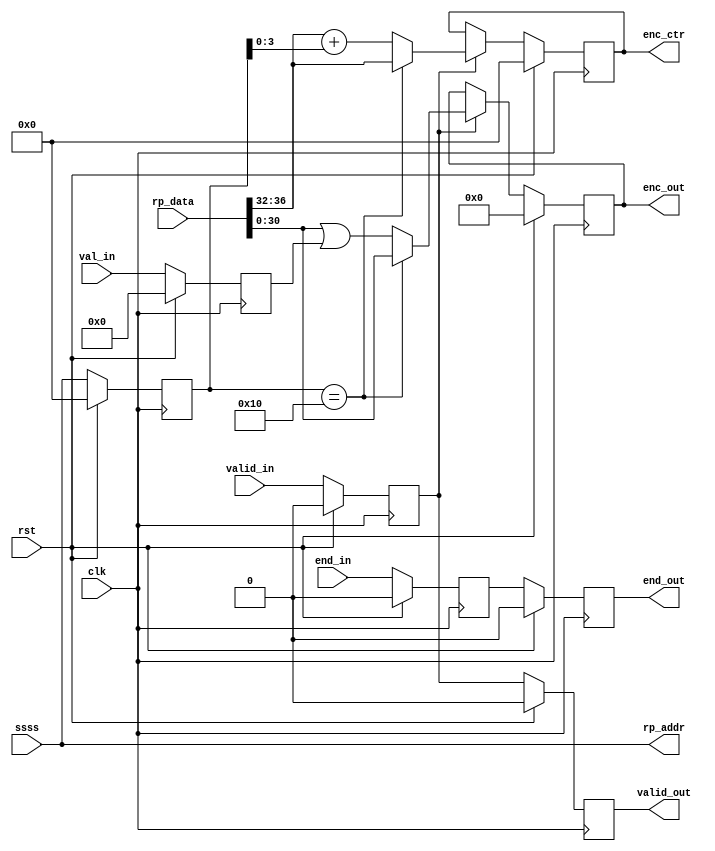
/* Generated by Yosys 0.8+     369 (git sha1 ea0e0722, clang 10.0.1 -fPIC -Os) */

(* \nmigen.hierarchy  = "top.anonymous" *)
(* generator = "nMigen" *)
module anonymous(end_in, ssss, val_in, rp_data, rst, clk, valid_out, end_out, rp_addr, enc_out, enc_ctr, valid_in);
  wire \$1 ;
  wire [36:0] \$3 ;
  wire [36:0] \$4 ;
  wire \$6 ;
  wire [5:0] \$8 ;
  wire [5:0] \$9 ;
  (* src = "encode.py:99" *)
  reg [4:0] \$next\enc_ctr ;
  (* src = "encode.py:97" *)
  reg [30:0] \$next\enc_out ;
  (* src = "encode.py:123" *)
  reg \$next\end_late ;
  (* src = "encode.py:107" *)
  reg \$next\end_out ;
  (* src = "encode.py:88" *)
  reg [4:0] \$next\rp_addr ;
  (* src = "encode.py:128" *)
  reg [4:0] \$next\ssss_late ;
  (* src = "encode.py:130" *)
  reg [15:0] \$next\val_in_late ;
  (* src = "encode.py:118" *)
  reg \$next\valid_late ;
  (* src = "encode.py:103" *)
  reg \$next\valid_out ;
  (* src = "nmigen/hdl/mem.py:124" *)
  input clk;
  (* init = 5'h00 *)
  (* src = "encode.py:99" *)
  output [4:0] enc_ctr;
  reg [4:0] enc_ctr = 5'h00;
  (* init = 31'h00000000 *)
  (* src = "encode.py:97" *)
  output [30:0] enc_out;
  reg [30:0] enc_out = 31'h00000000;
  (* src = "encode.py:106" *)
  input end_in;
  (* init = 1'h0 *)
  (* src = "encode.py:123" *)
  reg end_late = 1'h0;
  (* init = 1'h0 *)
  (* src = "encode.py:107" *)
  output end_out;
  reg end_out = 1'h0;
  (* src = "encode.py:88" *)
  output [4:0] rp_addr;
  (* src = "encode.py:89" *)
  input [36:0] rp_data;
  (* src = "nmigen/hdl/ir.py:329" *)
  input rst;
  (* src = "encode.py:94" *)
  input [4:0] ssss;
  (* init = 5'h00 *)
  (* src = "encode.py:128" *)
  reg [4:0] ssss_late = 5'h00;
  (* src = "encode.py:92" *)
  input [15:0] val_in;
  (* init = 16'h0000 *)
  (* src = "encode.py:130" *)
  reg [15:0] val_in_late = 16'h0000;
  (* src = "encode.py:102" *)
  input valid_in;
  (* init = 1'h0 *)
  (* src = "encode.py:118" *)
  reg valid_late = 1'h0;
  (* init = 1'h0 *)
  (* src = "encode.py:103" *)
  output valid_out;
  reg valid_out = 1'h0;
  assign \$9  = rp_data[36:32] + (* src = "encode.py:152" *) ssss_late[3:0];
  assign \$1  = ssss_late == (* src = "encode.py:144" *) 5'h10;
  assign \$4  = rp_data | (* src = "encode.py:151" *) val_in_late;
  assign \$6  = ssss_late == (* src = "encode.py:144" *) 5'h10;
  always @(posedge clk)
      enc_ctr <= \$next\enc_ctr ;
  always @(posedge clk)
      enc_out <= \$next\enc_out ;
  always @(posedge clk)
      val_in_late <= \$next\val_in_late ;
  always @(posedge clk)
      ssss_late <= \$next\ssss_late ;
  always @(posedge clk)
      end_out <= \$next\end_out ;
  always @(posedge clk)
      end_late <= \$next\end_late ;
  always @(posedge clk)
      valid_out <= \$next\valid_out ;
  always @(posedge clk)
      valid_late <= \$next\valid_late ;
  always @* begin
    \$next\valid_late  = valid_late;
    \$next\valid_late  = valid_in;
    casez (rst)
      1'h1:
          \$next\valid_late  = 1'h0;
    endcase
  end
  always @* begin
    \$next\valid_out  = valid_out;
    \$next\valid_out  = valid_late;
    casez (rst)
      1'h1:
          \$next\valid_out  = 1'h0;
    endcase
  end
  always @* begin
    \$next\end_late  = end_late;
    \$next\end_late  = end_in;
    casez (rst)
      1'h1:
          \$next\end_late  = 1'h0;
    endcase
  end
  always @* begin
    \$next\end_out  = end_out;
    \$next\end_out  = end_late;
    casez (rst)
      1'h1:
          \$next\end_out  = 1'h0;
    endcase
  end
  always @* begin
    \$next\ssss_late  = ssss_late;
    \$next\ssss_late  = ssss;
    casez (rst)
      1'h1:
          \$next\ssss_late  = 5'h00;
    endcase
  end
  always @* begin
    \$next\val_in_late  = val_in_late;
    \$next\val_in_late  = val_in;
    casez (rst)
      1'h1:
          \$next\val_in_late  = 16'h0000;
    endcase
  end
  always @* begin
    \$next\rp_addr  = 5'h00;
    \$next\rp_addr  = ssss;
  end
  always @* begin
    \$next\enc_out  = enc_out;
    casez (valid_late)
      1'h1:
          casez (\$1 )
            1'h1:
                \$next\enc_out  = rp_data[30:0];
            1'hz:
                \$next\enc_out  = \$3 [30:0];
          endcase
    endcase
    casez (rst)
      1'h1:
          \$next\enc_out  = 31'h00000000;
    endcase
  end
  always @* begin
    \$next\enc_ctr  = enc_ctr;
    casez (valid_late)
      1'h1:
          casez (\$6 )
            1'h1:
                \$next\enc_ctr  = rp_data[36:32];
            1'hz:
                \$next\enc_ctr  = \$8 [4:0];
          endcase
    endcase
    casez (rst)
      1'h1:
          \$next\enc_ctr  = 5'h00;
    endcase
  end
  assign \$3  = \$4 ;
  assign \$8  = \$9 ;
  assign rp_addr = \$next\rp_addr ;
endmodule

(* \nmigen.hierarchy  = "top" *)
(* top =  1  *)
(* generator = "nMigen" *)
module top(end_in, valid_in, ssss, rst, clk, enc_out, enc_ctr, valid_out, end_out, val_in);
  (* src = "encode.py:184" *)
  reg [4:0] \$next\enc_ctr ;
  (* src = "encode.py:182" *)
  reg [30:0] \$next\enc_out ;
  (* src = "encode.py:106" *)
  reg \$next\end_in$2 ;
  (* src = "encode.py:192" *)
  reg \$next\end_out ;
  (* src = "nmigen/hdl/mem.py:81" *)
  reg [4:0] \$next\mem_r_addr ;
  (* src = "encode.py:89" *)
  reg [36:0] \$next\rp_data ;
  (* src = "encode.py:94" *)
  reg [4:0] \$next\ssss$3 ;
  (* src = "encode.py:92" *)
  reg [15:0] \$next\val_in$4 ;
  (* src = "encode.py:102" *)
  reg \$next\valid_in$1 ;
  (* src = "encode.py:188" *)
  reg \$next\valid_out ;
  (* src = "nmigen/hdl/mem.py:124" *)
  input clk;
  (* src = "encode.py:184" *)
  output [4:0] enc_ctr;
  (* src = "encode.py:99" *)
  wire [4:0] \enc_ctr$8 ;
  (* src = "encode.py:182" *)
  output [30:0] enc_out;
  (* src = "encode.py:97" *)
  wire [30:0] \enc_out$7 ;
  (* src = "encode.py:191" *)
  input end_in;
  (* src = "encode.py:106" *)
  wire \end_in$2 ;
  (* src = "encode.py:192" *)
  output end_out;
  (* src = "encode.py:107" *)
  wire \end_out$6 ;
  (* src = "nmigen/hdl/mem.py:81" *)
  wire [4:0] mem_r_addr;
  (* src = "nmigen/hdl/mem.py:83" *)
  wire [36:0] mem_r_data;
  (* src = "encode.py:88" *)
  wire [4:0] rp_addr;
  (* src = "encode.py:89" *)
  wire [36:0] rp_data;
  (* src = "nmigen/hdl/ir.py:329" *)
  input rst;
  (* src = "encode.py:179" *)
  input [4:0] ssss;
  (* src = "encode.py:94" *)
  wire [4:0] \ssss$3 ;
  (* src = "encode.py:177" *)
  input [15:0] val_in;
  (* src = "encode.py:92" *)
  wire [15:0] \val_in$4 ;
  (* src = "encode.py:187" *)
  input valid_in;
  (* src = "encode.py:102" *)
  wire \valid_in$1 ;
  (* src = "encode.py:188" *)
  output valid_out;
  (* src = "encode.py:103" *)
  wire \valid_out$5 ;
  anonymous \$9  (
    .clk(clk),
    .enc_ctr(\enc_ctr$8 ),
    .enc_out(\enc_out$7 ),
    .end_in(\end_in$2 ),
    .end_out(\end_out$6 ),
    .rp_addr(rp_addr),
    .rp_data(rp_data),
    .rst(rst),
    .ssss(\ssss$3 ),
    .val_in(\val_in$4 ),
    .valid_in(\valid_in$1 ),
    .valid_out(\valid_out$5 )
  );
  reg [36:0] mem [16:0];
  initial begin
    mem[0] = 37'h040000000e;
    mem[1] = 37'h0300000000;
    mem[2] = 37'h0300000004;
    mem[3] = 37'h0300000010;
    mem[4] = 37'h0300000030;
    mem[5] = 37'h0300000080;
    mem[6] = 37'h0300000140;
    mem[7] = 37'h0300000300;
    mem[8] = 37'h0500001e00;
    mem[9] = 37'h0600007c00;
    mem[10] = 37'h070001f800;
    mem[11] = 37'h080007f000;
    mem[12] = 37'h09001fe000;
    mem[13] = 37'h0a007fc000;
    mem[14] = 37'h0b01ff8000;
    mem[15] = 37'h0c07ff0000;
    mem[16] = 37'h0d00001ffe;
  end
  reg [4:0] _0_;
  always @(posedge clk) begin
    _0_ <= \$next\mem_r_addr ;
  end
  assign mem_r_data = mem[_0_];
  always @* begin
    \$next\val_in$4  = 16'h0000;
    \$next\val_in$4  = val_in;
  end
  always @* begin
    \$next\end_in$2  = 1'h0;
    \$next\end_in$2  = end_in;
  end
  always @* begin
    \$next\valid_in$1  = 1'h0;
    \$next\valid_in$1  = valid_in;
  end
  always @* begin
    \$next\ssss$3  = 5'h00;
    \$next\ssss$3  = ssss;
  end
  always @* begin
    \$next\mem_r_addr  = 5'h00;
    \$next\mem_r_addr  = rp_addr;
  end
  always @* begin
    \$next\rp_data  = 37'h0000000000;
    \$next\rp_data  = mem_r_data;
  end
  always @* begin
    \$next\enc_out  = 31'h00000000;
    \$next\enc_out  = \enc_out$7 ;
  end
  always @* begin
    \$next\enc_ctr  = 5'h00;
    \$next\enc_ctr  = \enc_ctr$8 ;
  end
  always @* begin
    \$next\valid_out  = 1'h0;
    \$next\valid_out  = \valid_out$5 ;
  end
  always @* begin
    \$next\end_out  = 1'h0;
    \$next\end_out  = \end_out$6 ;
  end
  assign end_out = \$next\end_out ;
  assign valid_out = \$next\valid_out ;
  assign enc_ctr = \$next\enc_ctr ;
  assign enc_out = \$next\enc_out ;
  assign rp_data = \$next\rp_data ;
  assign mem_r_addr = \$next\mem_r_addr ;
  assign \ssss$3  = \$next\ssss$3 ;
  assign \valid_in$1  = \$next\valid_in$1 ;
  assign \end_in$2  = \$next\end_in$2 ;
  assign \val_in$4  = \$next\val_in$4 ;
endmodule